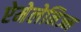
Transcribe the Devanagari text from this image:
ऐमेलेनिज्म